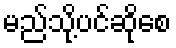
မည်သို့ပင်ဆိုစေ